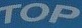
TOP